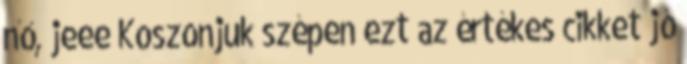
nő, jeee Koszonjuk szépen ezt az értékes cikket jó